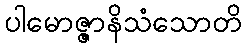
ပါမောဇ္ဇာနိသံသောတိ